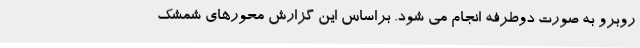
روبرو به صورت دوطرفه انجام می شود. براساس این گزارش محورهای شمشک -